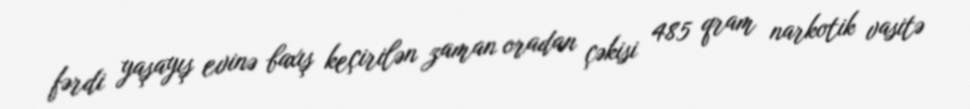
fərdi yaşayış evinə baxış keçirilən zaman oradan çəkisi 485 qram narkotik vasitə